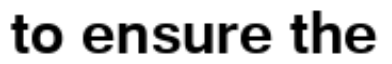
to ensure the